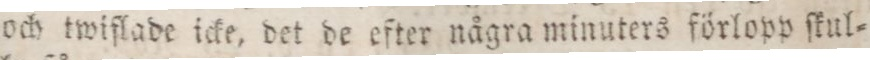
och twiflade icke, det de efter några minuters förlopp ſkul=